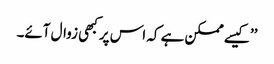
’’کیسے ممکن ہے کہ اس پر کبھی زوال آئے۔